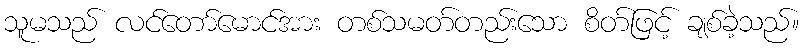
သူမသည် လင်တော်မောင်အား တစ်သမတ်တည်းသော စိတ်ဖြင့် ချစ်ခဲ့သည်။